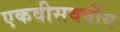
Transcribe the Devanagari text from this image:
एकवीसवर्षीय